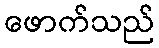
ဖောက်သည်